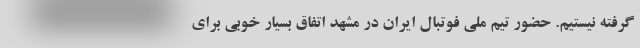
گرفته نیستیم. حضور تیم ملی فوتبال ایران در مشهد اتفاق بسیار خوبی برای